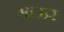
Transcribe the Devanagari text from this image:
माऊर